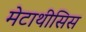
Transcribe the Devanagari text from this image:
मेटाथीसिस